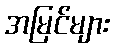
အမြင်များ